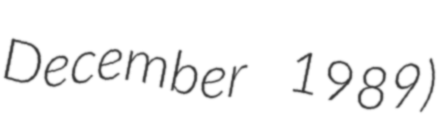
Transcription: December 1989)